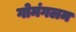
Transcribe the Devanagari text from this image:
गोमंगलम